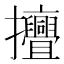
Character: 𱡔